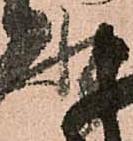
状